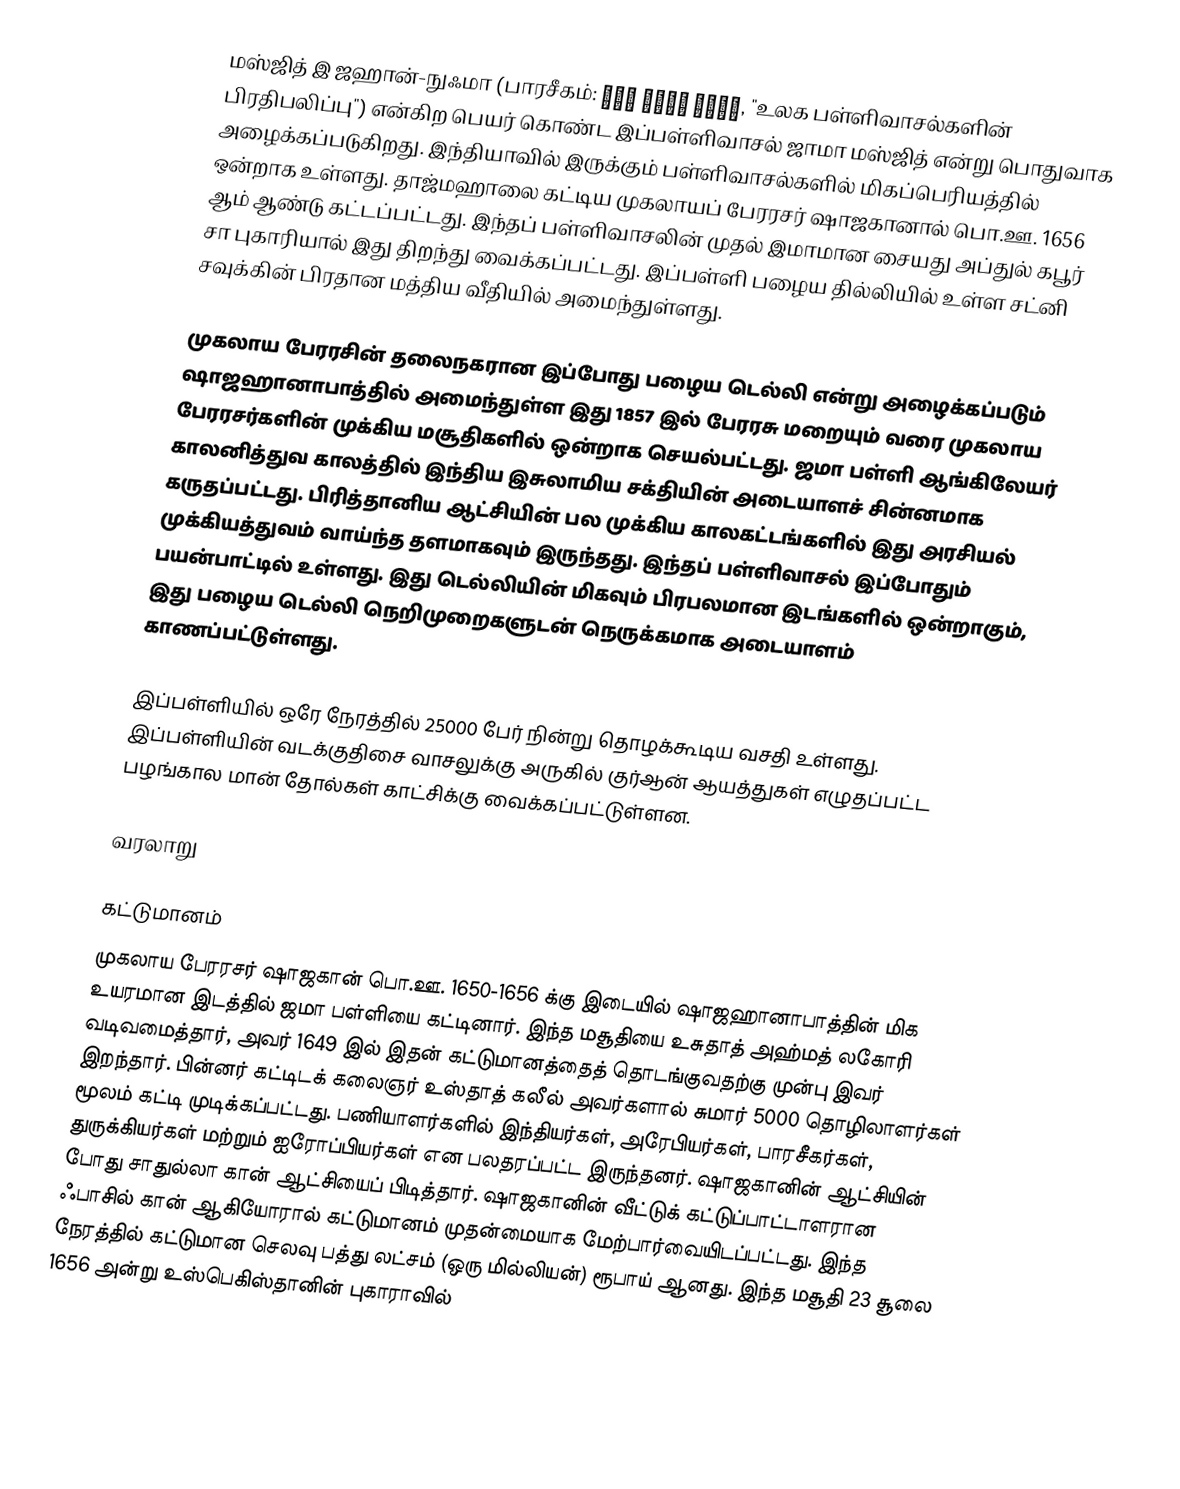
மஸ்ஜித் இ ஜஹான்-நுஃமா (பாரசீகம்: مسجد جھان نما, "உலக பள்ளிவாசல்களின் பிரதிபலிப்பு") என்கிற பெயர் கொண்ட இப்பள்ளிவாசல் ஜாமா மஸ்ஜித் என்று பொதுவாக அழைக்கப்படுகிறது. இந்தியாவில் இருக்கும் பள்ளிவாசல்களில் மிகப்பெரியத்தில் ஒன்றாக உள்ளது. தாஜ்மஹாலை கட்டிய முகலாயப் பேரரசர்  ஷாஜகானால் பொ.ஊ. 1656 ஆம் ஆண்டு கட்டப்பட்டது. இந்தப் பள்ளிவாசலின் முதல் இமாமான சையது அப்துல் கபூர் சா புகாரியால் இது திறந்து வைக்கப்பட்டது. இப்பள்ளி பழைய தில்லியில் உள்ள சட்னி சவுக்கின் பிரதான மத்திய வீதியில் அமைந்துள்ளது.

முகலாய பேரரசின் தலைநகரான இப்போது பழைய டெல்லி என்று அழைக்கப்படும் ஷாஜஹானாபாத்தில் அமைந்துள்ள இது 1857 இல் பேரரசு மறையும் வரை முகலாய பேரரசர்களின் முக்கிய மசூதிகளில் ஒன்றாக செயல்பட்டது. ஜமா பள்ளி ஆங்கிலேயர் காலனித்துவ காலத்தில் இந்திய இசுலாமிய சக்தியின் அடையாளச் சின்னமாக கருதப்பட்டது. பிரித்தானிய ஆட்சியின் பல முக்கிய காலகட்டங்களில் இது அரசியல் முக்கியத்துவம் வாய்ந்த தளமாகவும் இருந்தது. இந்தப் பள்ளிவாசல் இப்போதும் பயன்பாட்டில் உள்ளது. இது டெல்லியின் மிகவும் பிரபலமான இடங்களில் ஒன்றாகும், இது பழைய டெல்லி நெறிமுறைகளுடன் நெருக்கமாக அடையாளம் காணப்பட்டுள்ளது.

இப்பள்ளியில் ஒரே நேரத்தில் 25000 பேர் நின்று தொழக்கூடிய வசதி உள்ளது. இப்பள்ளியின் வடக்குதிசை வாசலுக்கு அருகில் குர்ஆன் ஆயத்துகள் எழுதப்பட்ட பழங்கால மான் தோல்கள் காட்சிக்கு வைக்கப்பட்டுள்ளன.

வரலாறு

கட்டுமானம்
முகலாய பேரரசர் ஷாஜகான் பொ.ஊ. 1650-1656 க்கு இடையில் ஷாஜஹானாபாத்தின் மிக உயரமான இடத்தில் ஜமா பள்ளியை கட்டினார். இந்த மசூதியை உசுதாத் அஹ்மத் லகோரி வடிவமைத்தார், அவர் 1649 இல் இதன் கட்டுமானத்தைத் தொடங்குவதற்கு முன்பு இவர் இறந்தார். பின்னர் கட்டிடக் கலைஞர் உஸ்தாத் கலீல் அவர்களால் சுமார் 5000 தொழிலாளர்கள் மூலம் கட்டி முடிக்கப்பட்டது. பணியாளர்களில் இந்தியர்கள், அரேபியர்கள், பாரசீகர்கள், துருக்கியர்கள் மற்றும் ஐரோப்பியர்கள் என பலதரப்பட்ட  இருந்தனர். ஷாஜகானின் ஆட்சியின் போது சாதுல்லா கான் ஆட்சியைப் பிடித்தார். ஷாஜகானின் வீட்டுக் கட்டுப்பாட்டாளரான ஃபாசில் கான் ஆகியோரால் கட்டுமானம் முதன்மையாக மேற்பார்வையிடப்பட்டது. இந்த நேரத்தில் கட்டுமான செலவு பத்து லட்சம் (ஒரு மில்லியன்) ரூபாய் ஆனது. இந்த மசூதி 23 சூலை 1656 அன்று உஸ்பெகிஸ்தானின் புகாராவில்